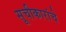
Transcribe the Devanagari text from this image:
सूचीकारांचे